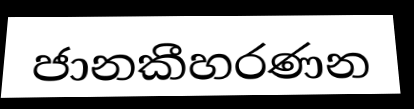
ජානකීහරණන